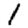
Digit: 1